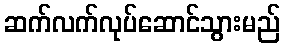
ဆက်လက်လုပ်ဆောင်သွားမည်